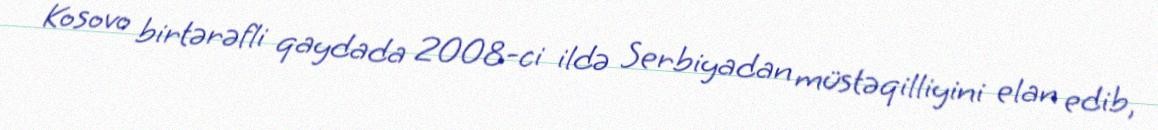
Kosovo birtərəfli qaydada 2008-ci ildə Serbiyadan müstəqilliyini elan edib,